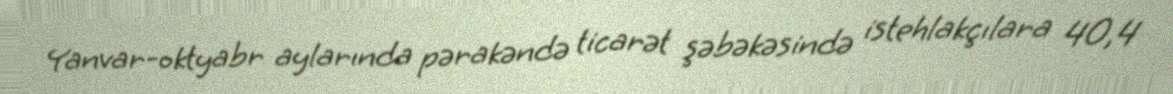
Yanvar-oktyabr aylarında pərakəndə ticarət şəbəkəsində istehlakçılara 40,4